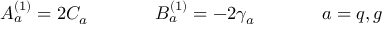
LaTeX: A _ { a } ^ { ( 1 ) } = 2 C _ { a } ~ ~ ~ ~ ~ ~ ~ ~ ~ ~ ~ B _ { a } ^ { ( 1 ) } = - 2 \gamma _ { a } ~ ~ ~ ~ ~ ~ ~ ~ ~ ~ ~ a = q , g